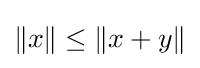
\|x\|\leq \|x+y\|